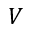
V